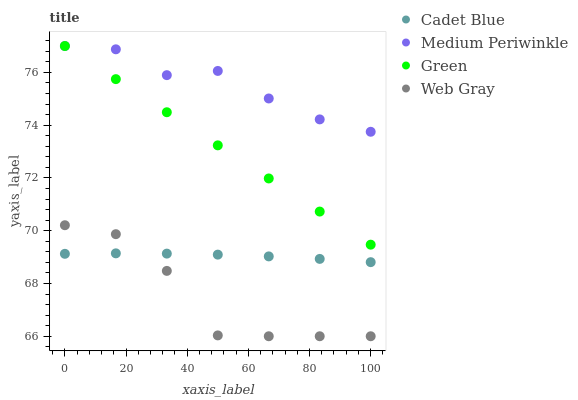
| xaxis_label | Cadet Blue | Medium Periwinkle | Green | Web Gray |
 | --- | --- | --- | --- | --- |
 | 0 | 69.1 | 77 | 77 | 70.2 |
 | 16.7 | 69.1 | 76.9 | 75.7 | 69.9 |
 | 33.3 | 69.1 | 75.9 | 74.5 | 68.5 |
 | 50 | 69.1 | 76.1 | 73.2 | 66 |
 | 66.7 | 69 | 75 | 72 | 66 |
 | 83.3 | 68.9 | 74.2 | 70.7 | 66 |
 | 100 | 68.8 | 73.7 | 69.5 | 66 |